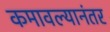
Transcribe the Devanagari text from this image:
कमावल्यानंतर